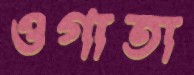
ওগাতা